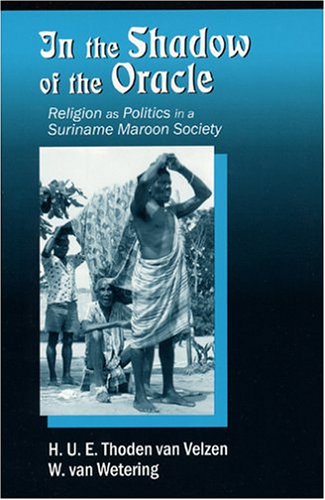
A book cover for In the Shadow of the Oracle: Religion As Politics in a Suriname Maroon Society; H. U. E. Thoden Van Velzen; Religion & Spirituality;